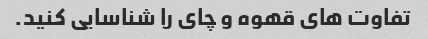
تفاوت های قهوه و چای را شناسایی کنید.